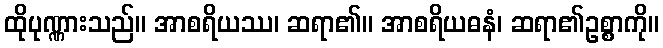
ထိုပုဏ္ဏားသည်။ အာစရိယဿ၊ ဆရာ၏။ အာစရိယဓနံ၊ ဆရာ၏ဥစ္စာကို။